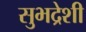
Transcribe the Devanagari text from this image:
सुभद्रेशी